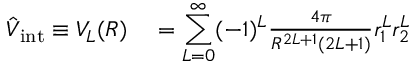
\begin{array} { r l } { \hat { V } _ { \mathrm { i n t } } \equiv V _ { L } ( R ) } & { { } = { \displaystyle \sum _ { L = 0 } ^ { \infty } } ( - 1 ) ^ { L } \frac { 4 \pi } { R ^ { 2 L + 1 } ( 2 L + 1 ) } r _ { 1 } ^ { L } r _ { 2 } ^ { L } } \end{array}